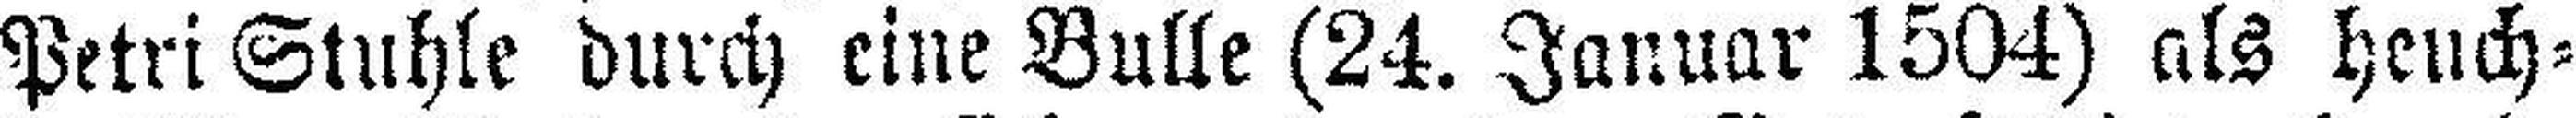
Petri Stuhle durch eine Bulle (24. Januar 1504) als heuch¬